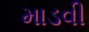
માડવી